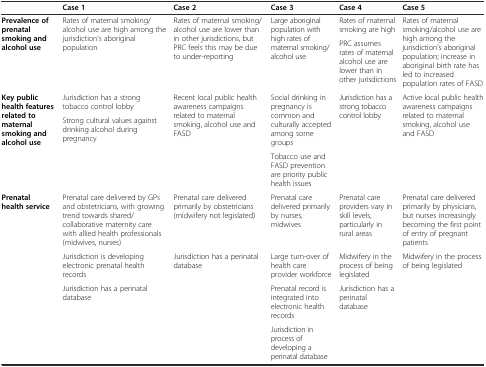
|  | Case 1 | Case 2 | Case 3 | Case 4 | Case 5 |
 | --- | --- | --- | --- | --- | --- |
 | <ROWSPAN=2> Prevalence of prenatal smoking and alcohol use | <ROWSPAN=2> Rates of maternal smoking/alcohol use are high among the jurisdiction’s aboriginal population | <ROWSPAN=2> Rates of maternal smoking/alcohol use are lower than in other jurisdictions, but PRC feels this may be due to under-reporting | <ROWSPAN=2> Large aboriginal population with high rates of maternal smoking/alcohol use | Rates of maternal smoking are high | <ROWSPAN=2> Rates of maternal smoking/alcohol use are high among the jurisdiction’s aboriginal population; increase in aboriginal birth rate has led to increased population rates of FASD |
 | PRC assumes rates of maternal alcohol use are lower than in other jurisdictions |
 | <ROWSPAN=3> Key public health features related to maternal smoking and alcohol use | Jurisdiction has a strong tobacco control lobby | <ROWSPAN=3> Recent local public health awareness campaigns related to maternal smoking, alcohol use and FASD | <ROWSPAN=2> Social drinking in pregnancy is common and culturally accepted among some groups | <ROWSPAN=3> Jurisdiction has a strong tobacco control lobby | <ROWSPAN=3> Active local public health awareness campaigns related to maternal smoking, alcohol use and FASD |
 | <ROWSPAN=2> Strong cultural values against drinking alcohol during pregnancy |
 | Tobacco use and FASD prevention are priority public health issues |
 | <ROWSPAN=4> Prenatal health service | Prenatal care delivered by GPs and obstetricians, with growing trend towards shared/collaborative maternity care with allied health professionals (midwives, nurses) | Prenatal care delivered primarily by obstetricians (midwifery not legislated) | Prenatal care delivered primarily by nurses, midwives | Prenatal care providers vary in skill levels, particularly in rural areas | Prenatal care delivered primarily by physicians, but nurses increasingly becoming the first point of entry of pregnant patients |
 | Jurisdiction is developing electronic prenatal health records | <ROWSPAN=3> Jurisdiction has a perinatal database | Large turn-over of health care provider workforce | Midwifery in the process of being legislated | <ROWSPAN=3> Midwifery in the process of being legislated |
 | <ROWSPAN=2> Jurisdiction has a perinatal database | Prenatal record is integrated into electronic health records | <ROWSPAN=2> Jurisdiction has a perinatal database |
 | Jurisdiction in process of developing a perinatal database |